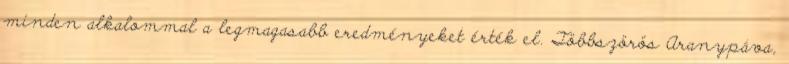
minden alkalommal a legmagasabb eredményeket érték el. Többszörös Aranypáva,